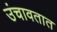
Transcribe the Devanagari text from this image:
उंचावतात